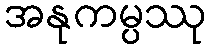
အနုကမ္ပဿု